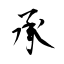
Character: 承